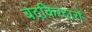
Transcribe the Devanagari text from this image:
बदकिरदारों